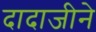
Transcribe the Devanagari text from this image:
दादाजीने